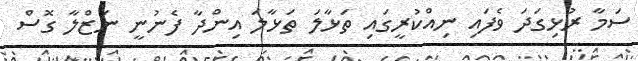
ސަމާ ރުޅިގަދަ ވެފައި ނިއްކުރީގައި ތަޅާލަ ތަޅާލަ އިންދާ ފެނުނީ ނަޒްލާ ގޮސް